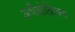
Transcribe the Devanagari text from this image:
अर्चेओक्निक्स